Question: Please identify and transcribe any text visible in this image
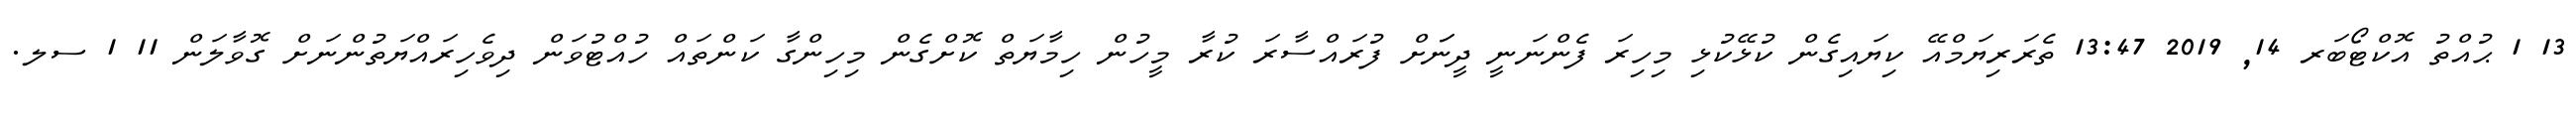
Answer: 13 1 ޙުއްތު އޮކްޓޯބަރ 14, 2019 13:47 ތެރަރިޔަމްއޭ ކިޔައިގެން ކުޅޭކުޅި މިހިރަ ފެންނަނީ ދީނަަށް ފުރައްސާރަ ކުރާ މީހުން ހިމާޔަތް ކޮށްގެން މިހިންގާ ކަންތައް ހުއްޓުވަން ދިވެހިރައްޔަތުންނަށް ގޮވާލަން 11 1 ސލ.